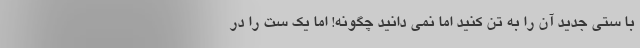
با ستی جدید آن را به تن کنید اما نمی دانید چگونه! اما یک ست را در